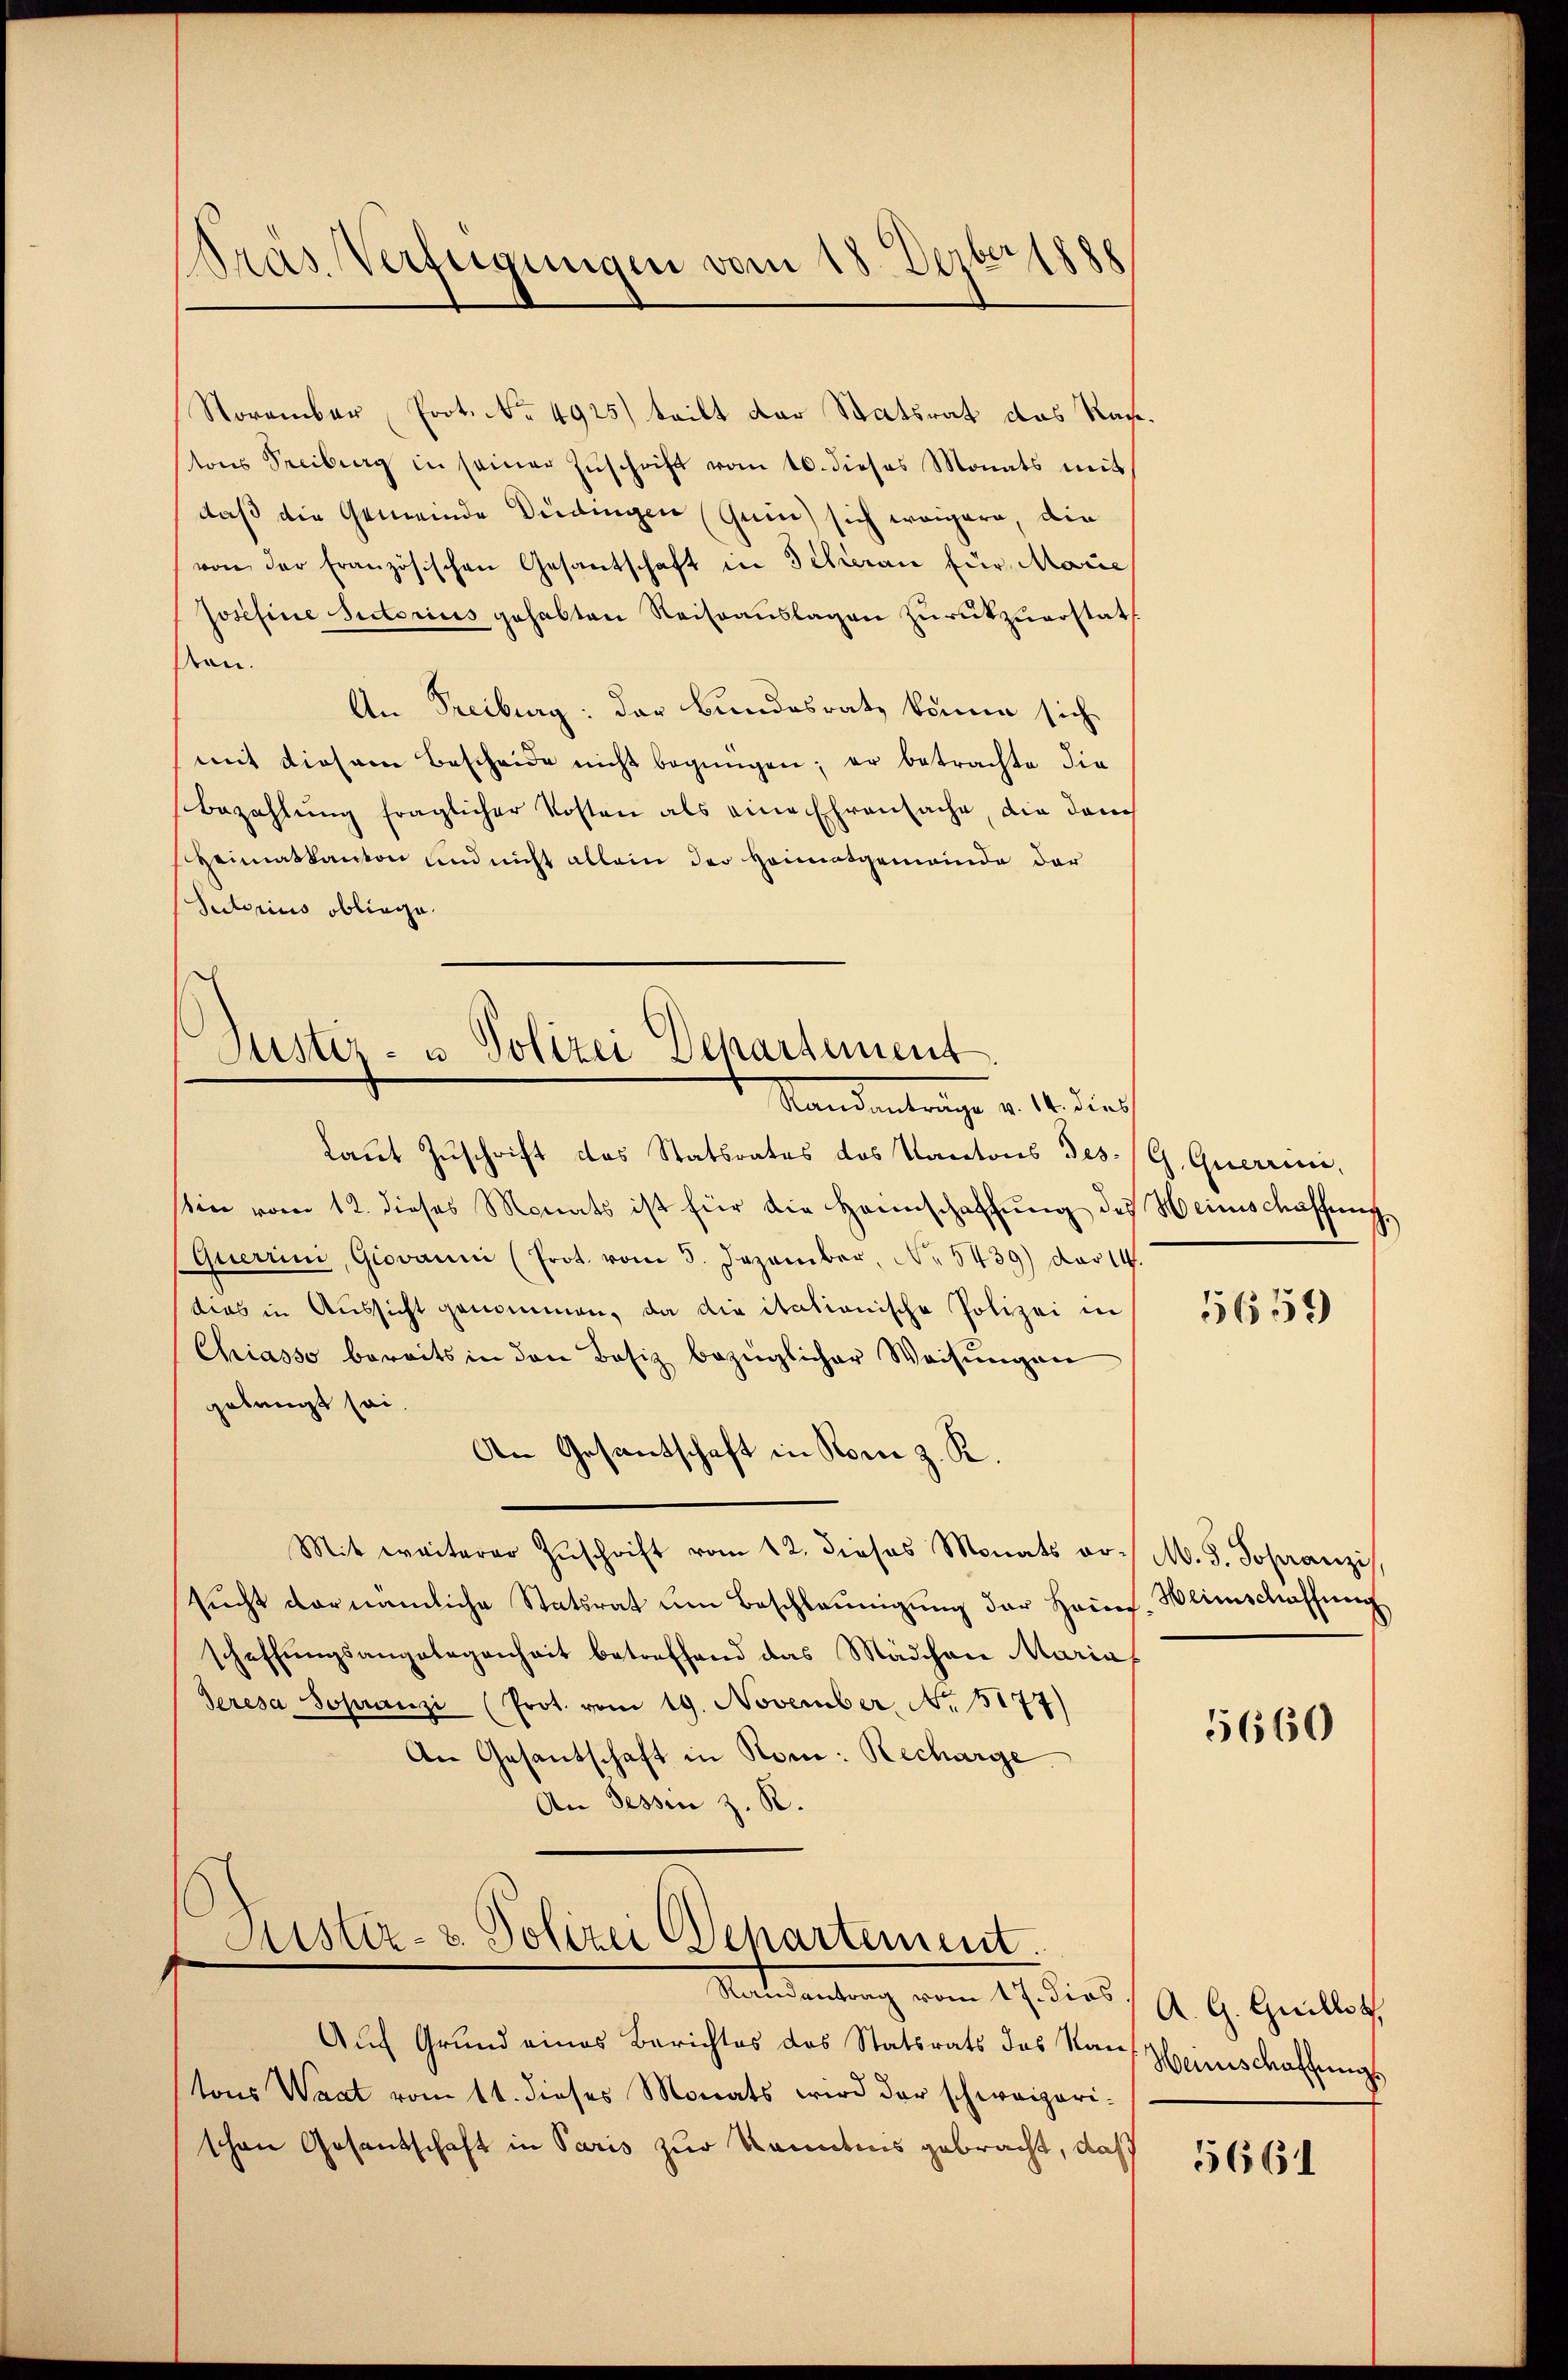
188
Pras Verfügungen vom 18. Dezt

Justiz- u Vollzei Departement
Standentrage v. 14. durch

Sistiz- & Polizei Departement.
Ratuantung vom 19. dies

Noramber Prot. No. 4925) teilt der Statsrat des Rastons Freiburg in seiner Zŭschrift vom 16. dieses Monats mit
daß die Gemeinde Bedingen (Guin) sich weigern, die
von der französischen Gesantschaft in Scheran für Marie
Josefine sectorius gehabten Reiseaŭslagen zurückzuerstatt.
sen.
An Freiburg: der Bundesrath könne sich
mit diesem Bescheide nicht begangen; er betrachte die
Bezahlung fraglicher Kosten als eine Ehrensache, die danch
Heimatkanton und nicht allein der Heimatgemeinde der
Suctorius obliege.

Laut Zuschrift das Statsrates des Kantons Jes. (G. Querrine,
sin vom 12. dieses Monats ist für die Heimschaffŭng des Heimschaffung,
Querrini, Giovanni (Prot. vom 5. Dezember, No 5439) der 14.
dias in Aussicht genommen, da die itationische Polizei in
Chiasso bereits in den Besiz bezüglicher Weisŭngen
gelangt sei.
An Gesantschaft in Rom z. R.
Mit weiterer Zŭschrift vom 12. dieses Monats or / M. d. Sopranzi,
sŭcht vornämliche Statsrat ŭm Beschleunigŭng der Heins. Weinschaffŭng
schaffungsangelegenheit betreffend das Mädchen Maria
Seresa sopranzi (Prot. vom 19. November. No. 5177)
An Gesantschaft in Rom. Recharge
An Sessen z. R.

Auf Grund eines Berichtes des Statsrats des Kauf Heimschaffungs
tons Waat vom 11. dieses Monats wird der schweizerischen Gesantschaft in Paris zur Kenntnis gebracht, daß

5659

5660

A. G. Guillet,

5661